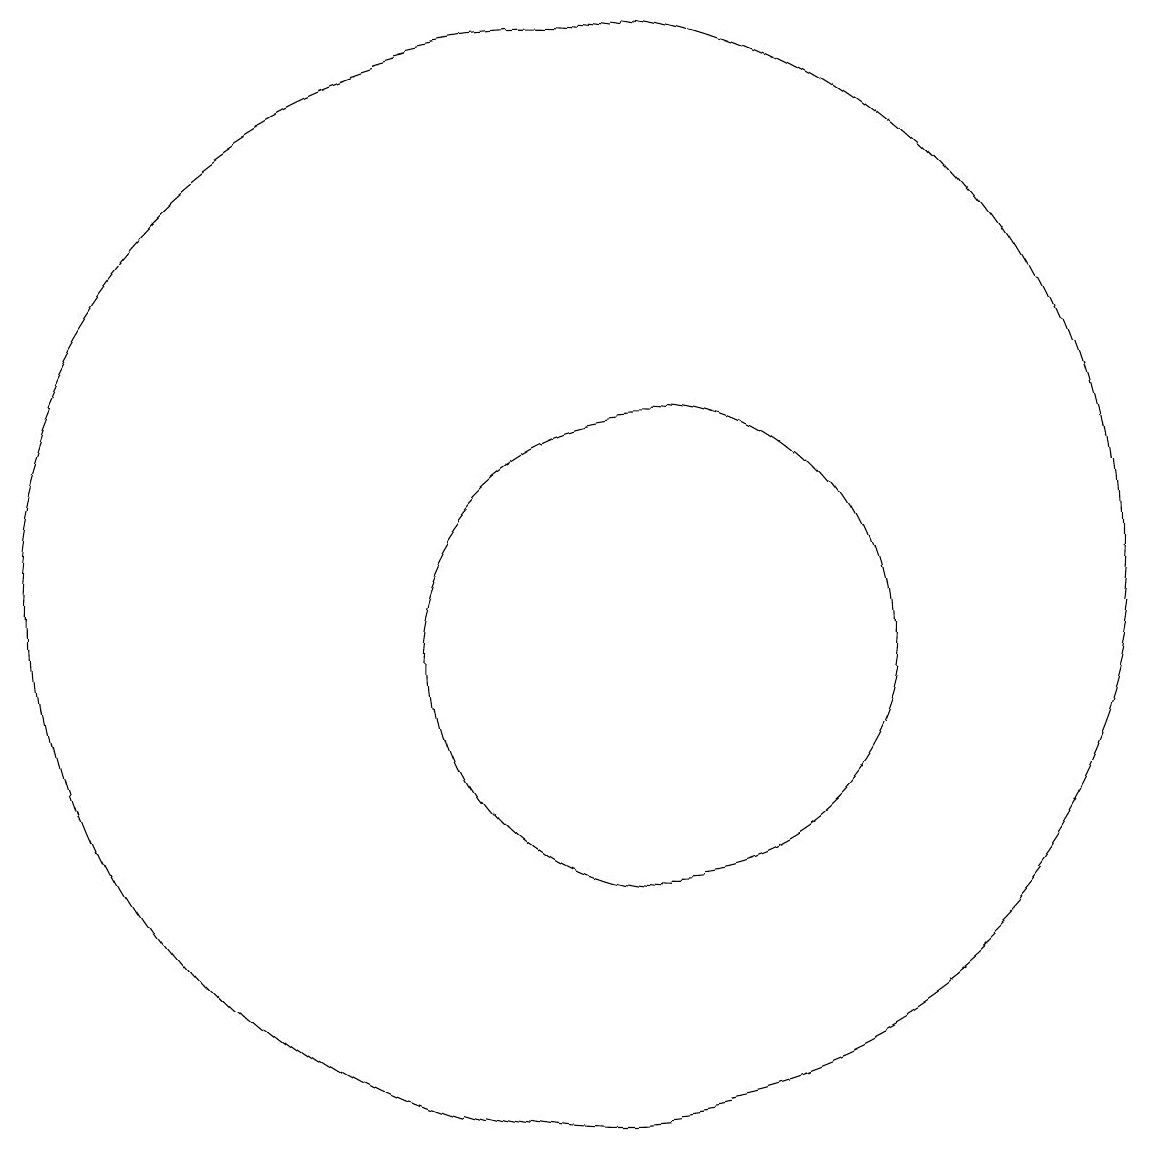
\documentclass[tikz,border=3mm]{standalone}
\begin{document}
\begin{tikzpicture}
\draw (11,10) circle (3);
\draw (3,17) rectangle (3,18);
\draw (11,12) circle (0);
\draw (10,11) circle (7);
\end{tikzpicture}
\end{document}